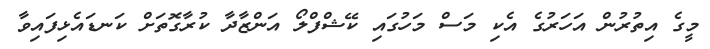
މީގެ އިތުރުން އަހަރުގެ އެކި މަސް މަހުގައި ކޭޝްފްލޯ އަންޒާދާ ކުރާގޮތަށް ކަނޑައެޅިފައިވާ